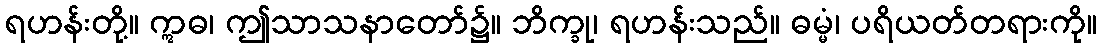
ရဟန်းတို့။ ဣဓ၊ ဤသာသနာတော်၌။ ဘိက္ခု၊ ရဟန်းသည်။ ဓမ္မံ၊ ပရိယတ်တရားကို။